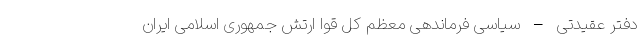
دفتر عقیدتی – سیاسی فرماندهی معظم کل قوا ارتش جمهوری اسلامی ایران